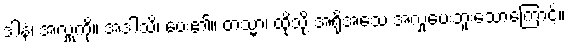
ဒါနံ၊ အလှူကို။ အဒါသိ၊ ပေး၏။ တသ္မာ၊ ထိုသို့ အရိုအသေ အလှုပေးဘူးသောကြောင့်။